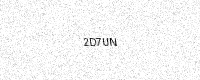
Text: 2D7UN